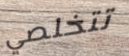
تتخلصي